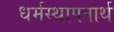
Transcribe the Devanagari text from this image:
धर्मस्थापनार्थ